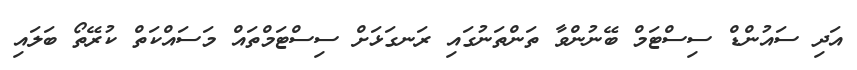
އަދި ސައުންޑް ސިސްޓަމް ބޭނުންވާ ތަންތަނުގައި ރަނގަޅަށް ސިސްޓަމްތައް މަސައްކަތް ކުރޭތޯ ބަލައި